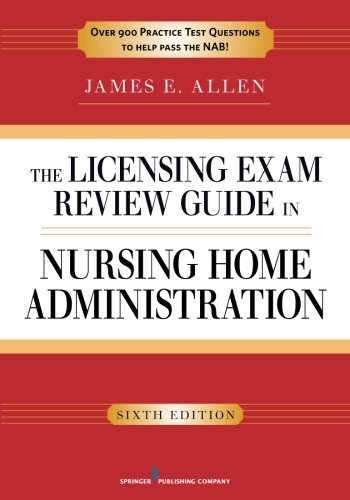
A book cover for The Licensing Exam Review Guide in Nursing Home Administration, 6th Edition; James E. Allen PhD  MSPH  NHA  IP; Medical Books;